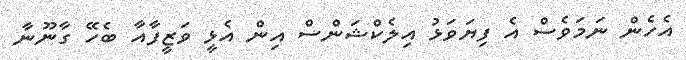
އެހެން ނަމަވެސް އެ ފިޔަވަޅު އިލެކްޝަންސް އިން އެޅީ ވަޒީފާއާ ބެހޭ ގާނޫނާ